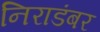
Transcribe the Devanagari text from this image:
निराडंबर